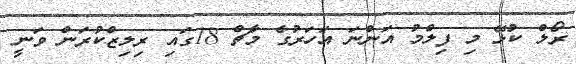
ރޯލް ކުޅޭ މި ފިލްމު އަންނަ އަހަރުގެ މާޗް 18ގައި ރިލިޒްކުރަން ވަނީ